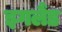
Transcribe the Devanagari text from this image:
इगलैंड